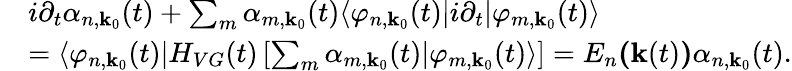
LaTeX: \begin{array}{rl}&{i\partial_{t}\alpha_{n,\textbf{k}_{0}}(t)+\sum_{m}\alpha_{m,\textbf{k}_{0}}(t)\langle\varphi_{n,\textbf{k}_{0}}(t)|i\partial_{t}\lvert\varphi_{m,\textbf{k}_{0}}(t)\rangle}\\ &{=\langle\varphi_{n,\textbf{k}_{0}}(t)|H_{VG}(t)\left[\sum_{m}\alpha_{m,\textbf{k}_{0}}(t)\lvert\varphi_{m,\textbf{k}_{0}}(t)\rangle\right]=E_{n}\textbf{(}\textbf{k}(t)\textbf{)}\alpha_{n,\textbf{k}_{0}}(t).}\end{array}